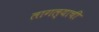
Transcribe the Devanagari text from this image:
लागल्याची